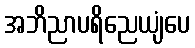
အဘိညာပရိညေယျံပေ